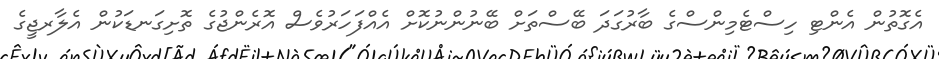
އެގޮތުން އެންޓި ހިސްޓެމިންސްގެ ބާރުގަދަ ބޭސްތަށް ބޭނުންނުކޮށް އެއްފަހަރުވެސް އޮރެންޖުގެ ތޮށިގަނޑަކުން އެލާރޖީގެ